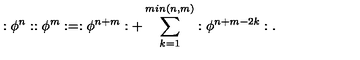
: \phi ^ { n } : : \phi ^ { m } : = : \phi ^ { n + m } : + \sum _ { k = 1 } ^ { m i n ( n , m ) } : \phi ^ { n + m - 2 k } : .